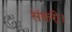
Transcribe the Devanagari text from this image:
संकरी।